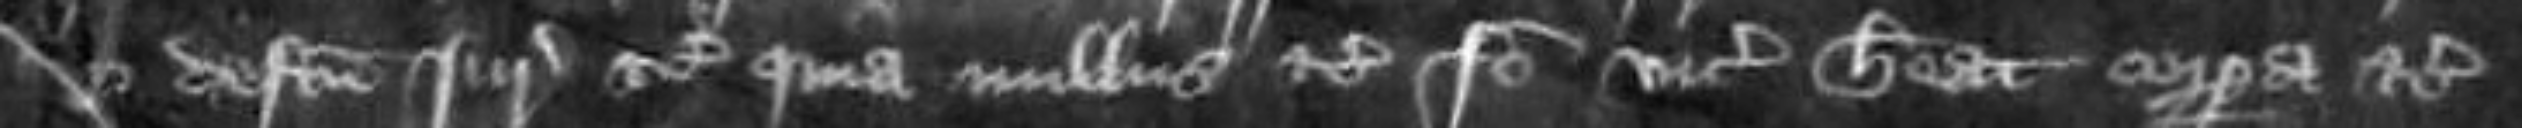
et defectum juratoram etc quia nullus etc Ideo vice comites habeat corpora etc